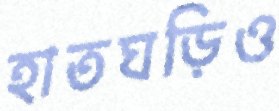
হাতঘড়িও